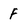
Character: F